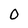
Character: O